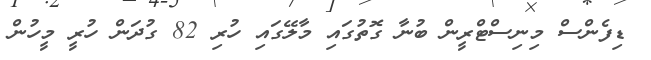
ޑިފެންސް މިނިސްޓްރީން ބުނާ ގޮތުގައި މާލޭގައި ހުރި 82 ގުދަން ހުރީ މީހުން